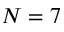
N = 7